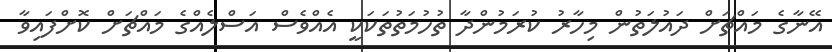
އޭނާގެ މައްޗަށް ދައުލަތުން މިހާރު ކުރަމުންދާ ތުހުމަތުތަކަކީ އެއްވެސް އަސްލެއްގެ މައްޗަށް ކޮށްފައިވާ